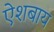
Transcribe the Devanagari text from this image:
ऐशबाय